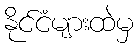
နိုင်ငံများထဲမှ